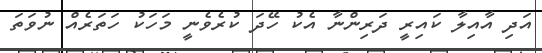
އަދި އާއިލާ ކައިރީ ދަރިންނާ އެކު ހޭދަ ކުރެވެނީ މަހަކު ހަތަރެއް ނުވަތަ